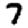
Digit: 7